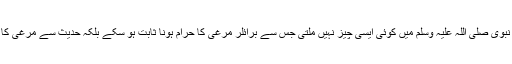
قرآن مجید اور سنت نبوی صلی اللہ علیہ وسلم میں کوئی ایسی چیز نہیں ملتی جس سے برائلر مرغی کا حرام ہونا ثابت ہو سکے بلکہ حدیث سے مرغی کا حلال ہونا ثابت ہے۔